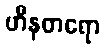
ဟီနတရော